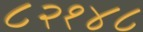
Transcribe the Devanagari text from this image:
८२१४८